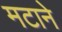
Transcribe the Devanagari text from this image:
मटाने